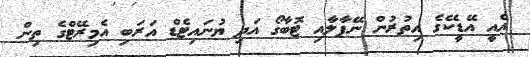
އެއީ އޭޑީކޭގެ އިތުރުން ނޭޕާލާއި ޓޮބާގޯ އަދި ޔުނައިޓެޑް އަރަބި އެމިރޭޓްގެ ތިން